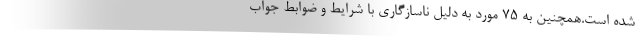
شده است.همچنین به 75 مورد به دلیل ناسازگاری با شرایط و ضوابط جواب